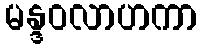
မန္ဒဝလာဟကာ